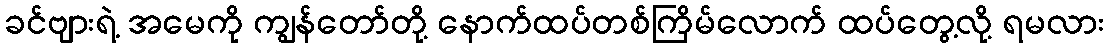
ခင်ဗျားရဲ့ အမေကို ကျွန်တော်တို့ နောက်ထပ်တစ်ကြိမ်လောက် ထပ်တွေ့လို့ ရမလား